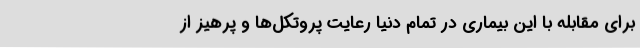
برای مقابله با این بیماری در تمام دنیا رعایت پروتکل‌ها و پرهیز از